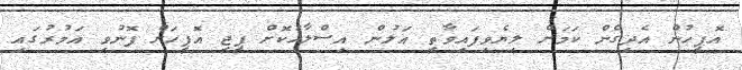
އޮފީހުން އެދިގެން ކަމަށް ލިޔެވިފައިވާތީ އަލުން އިސްލާހުކޮށް ޕީޖީ އޮފީހަށް ފޮނުވި އަމުރުގައި